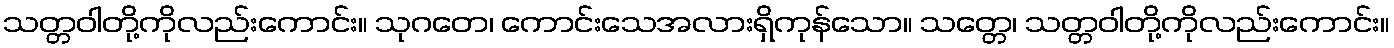
သတ္တဝါတို့ကိုလည်းကောင်း။ သုဂတေ၊ ကောင်းသေအလားရှိကုန်သော။ သတ္တေ၊ သတ္တဝါတို့ကိုလည်းကောင်း။